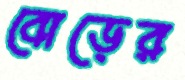
বোড়ের